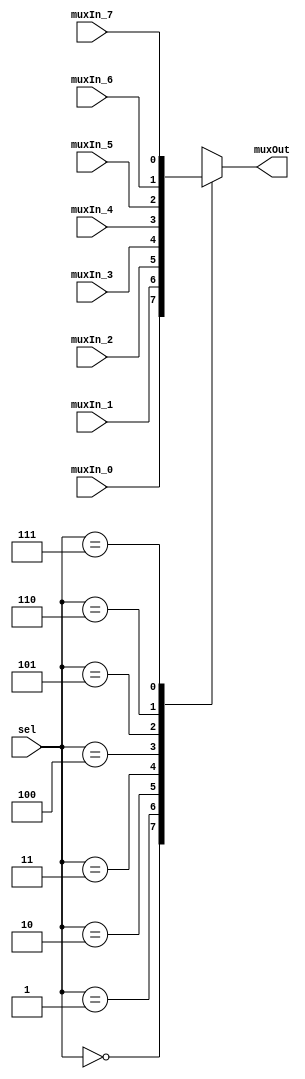
/******************************************************************************
 **                                                                          **
 ** Component : Multiplexer_8                                                **
 **                                                                          **
 *****************************************************************************/

module Multiplexer_8(
    input  muxIn_0,
    input  muxIn_1,
    input  muxIn_2,
    input  muxIn_3,
    input  muxIn_4,
    input  muxIn_5,
    input  muxIn_6,
    input  muxIn_7,
    input  [2:0] sel,
    output reg muxOut
);

    // Logic for the 8-to-1 multiplexer
    always @(*) begin
        case (sel)
            3'b000: muxOut = muxIn_0; // Select input 0
            3'b001: muxOut = muxIn_1; // Select input 1
            3'b010: muxOut = muxIn_2; // Select input 2
            3'b011: muxOut = muxIn_3; // Select input 3
            3'b100: muxOut = muxIn_4; // Select input 4
            3'b101: muxOut = muxIn_5; // Select input 5
            3'b110: muxOut = muxIn_6; // Select input 6
            3'b111: muxOut = muxIn_7; // Select input 7
            default: muxOut = 1'bx;   // Undefined state
        endcase
    end

endmodule